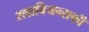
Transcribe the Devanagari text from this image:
स्लावियन्सकी